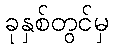
ခုနှစ်တွင်မှ